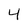
Character: 4